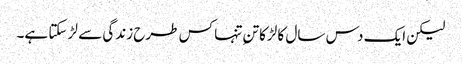
لیکن ایک دس سال کا لڑکا تنِ تنہا کس طرح زندگی سے لڑ سکتا ہے۔